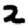
Digit: 2